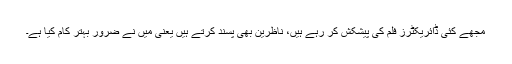
مجھے کئی ڈائریکٹرز فلم کی پیشکش کر رہے ہیں، ناظرین بھی پسند کرتے ہیں یعنی میں نے ضرور بہتر کام کیا ہے۔